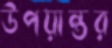
উপয়ান্তর